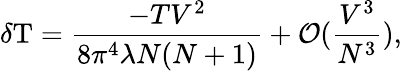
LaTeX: \delta\mathrm{T}=\frac{-TV^{2}}{8\pi^{4}\lambda N(N+1)}+{\cal O}(\frac{V^{3}}{N^{3}}),